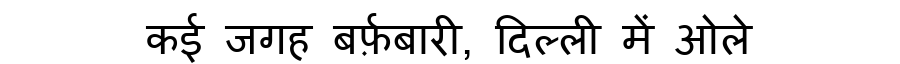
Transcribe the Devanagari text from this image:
कई जगह बर्फ़बारी, दिल्ली में ओले